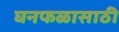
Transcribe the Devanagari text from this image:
घनफळासाठी